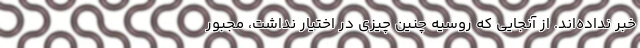
خبر نداده‌اند. از آنجایی که روسیه چنین چیزی در اختیار نداشت،‌ مجبور